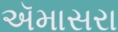
ઍમાસરા